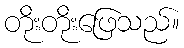
တိုးတိုးဖြေသည်။